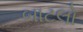
બાટલો